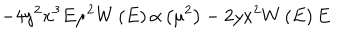
LaTeX: - 4 y ^ { 2 } x ^ { 3 } E \mu ^ { 2 } W \left( E \right) \alpha \left( \mu ^ { 2 } \right) - 2 y x ^ { 2 } W \left( E \right) E